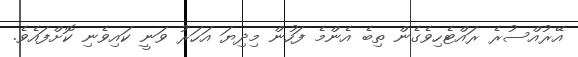
އޭރުއްސުރެ ރައްޓެހިވެގެން ތިބެ އެންމެ ފަހުން މިދިޔަ އަހަރު ވަނީ ކައިވެނި ކޮށްފައެވެ.